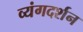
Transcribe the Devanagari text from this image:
व्यंगदर्शन